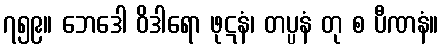
၇၅၉။ ဘေဒေါ ဝိဒါရော ဖုဋနံ၊ တပ္ပနံ တု စ ပီဏနံ။